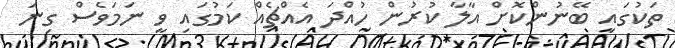
ތަކުގައި ބޭނުންކޮށް އާލާ ކުރުން ހުއްދަ އެއްޗެއް ކަމުގައި ވީ ނަމަވެސް ގިނަ